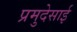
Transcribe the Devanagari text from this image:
प्रमुदेसाई